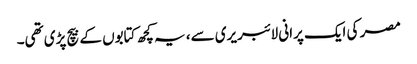
مصر کی ایک پرانی لائبریری سے، یہ کچھ کتابوں کے بیچ پڑی تھی۔